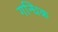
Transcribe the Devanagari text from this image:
गन्धिक